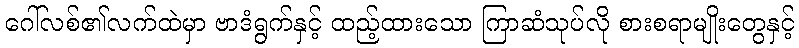
ဂေါ်လစ်၏လက်ထဲမှာ ဗာဒံရွက်နှင့် ထည့်ထားသော ကြာဆံသုပ်လို စားစရာမျိုးတွေနှင့်